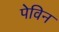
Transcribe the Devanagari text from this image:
पेविन